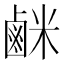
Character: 𫜇